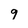
Character: 9